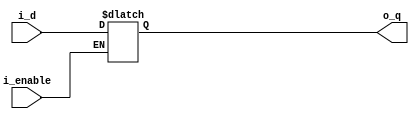
/*
D
*/

`timescale 1ns/1ns

module d_latch
	(
		input i_enable,
		input i_d,

		output o_q
	);
	
	reg r_q;

	assign o_q = r_q;

	always@(i_enable, i_d)	//
	begin
		if( 1'b1 == i_enable )
			r_q <= i_d;
	end
endmodule